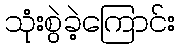
သုံးစွဲခဲ့ကြောင်း